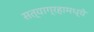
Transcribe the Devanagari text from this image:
सत्याग्रहामध्ये